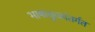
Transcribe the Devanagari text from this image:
भाषाकुळांतर्गत